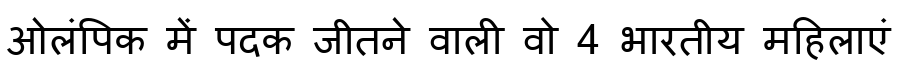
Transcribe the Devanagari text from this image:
ओलंपिक में पदक जीतने वाली वो 4 भारतीय महिलाएं